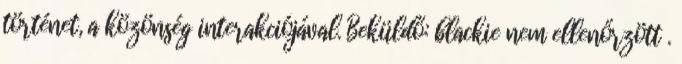
történet, a közönség interakciójával. Beküldő: blackie nem ellenőrzött .